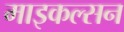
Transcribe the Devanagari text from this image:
माइकल्सन